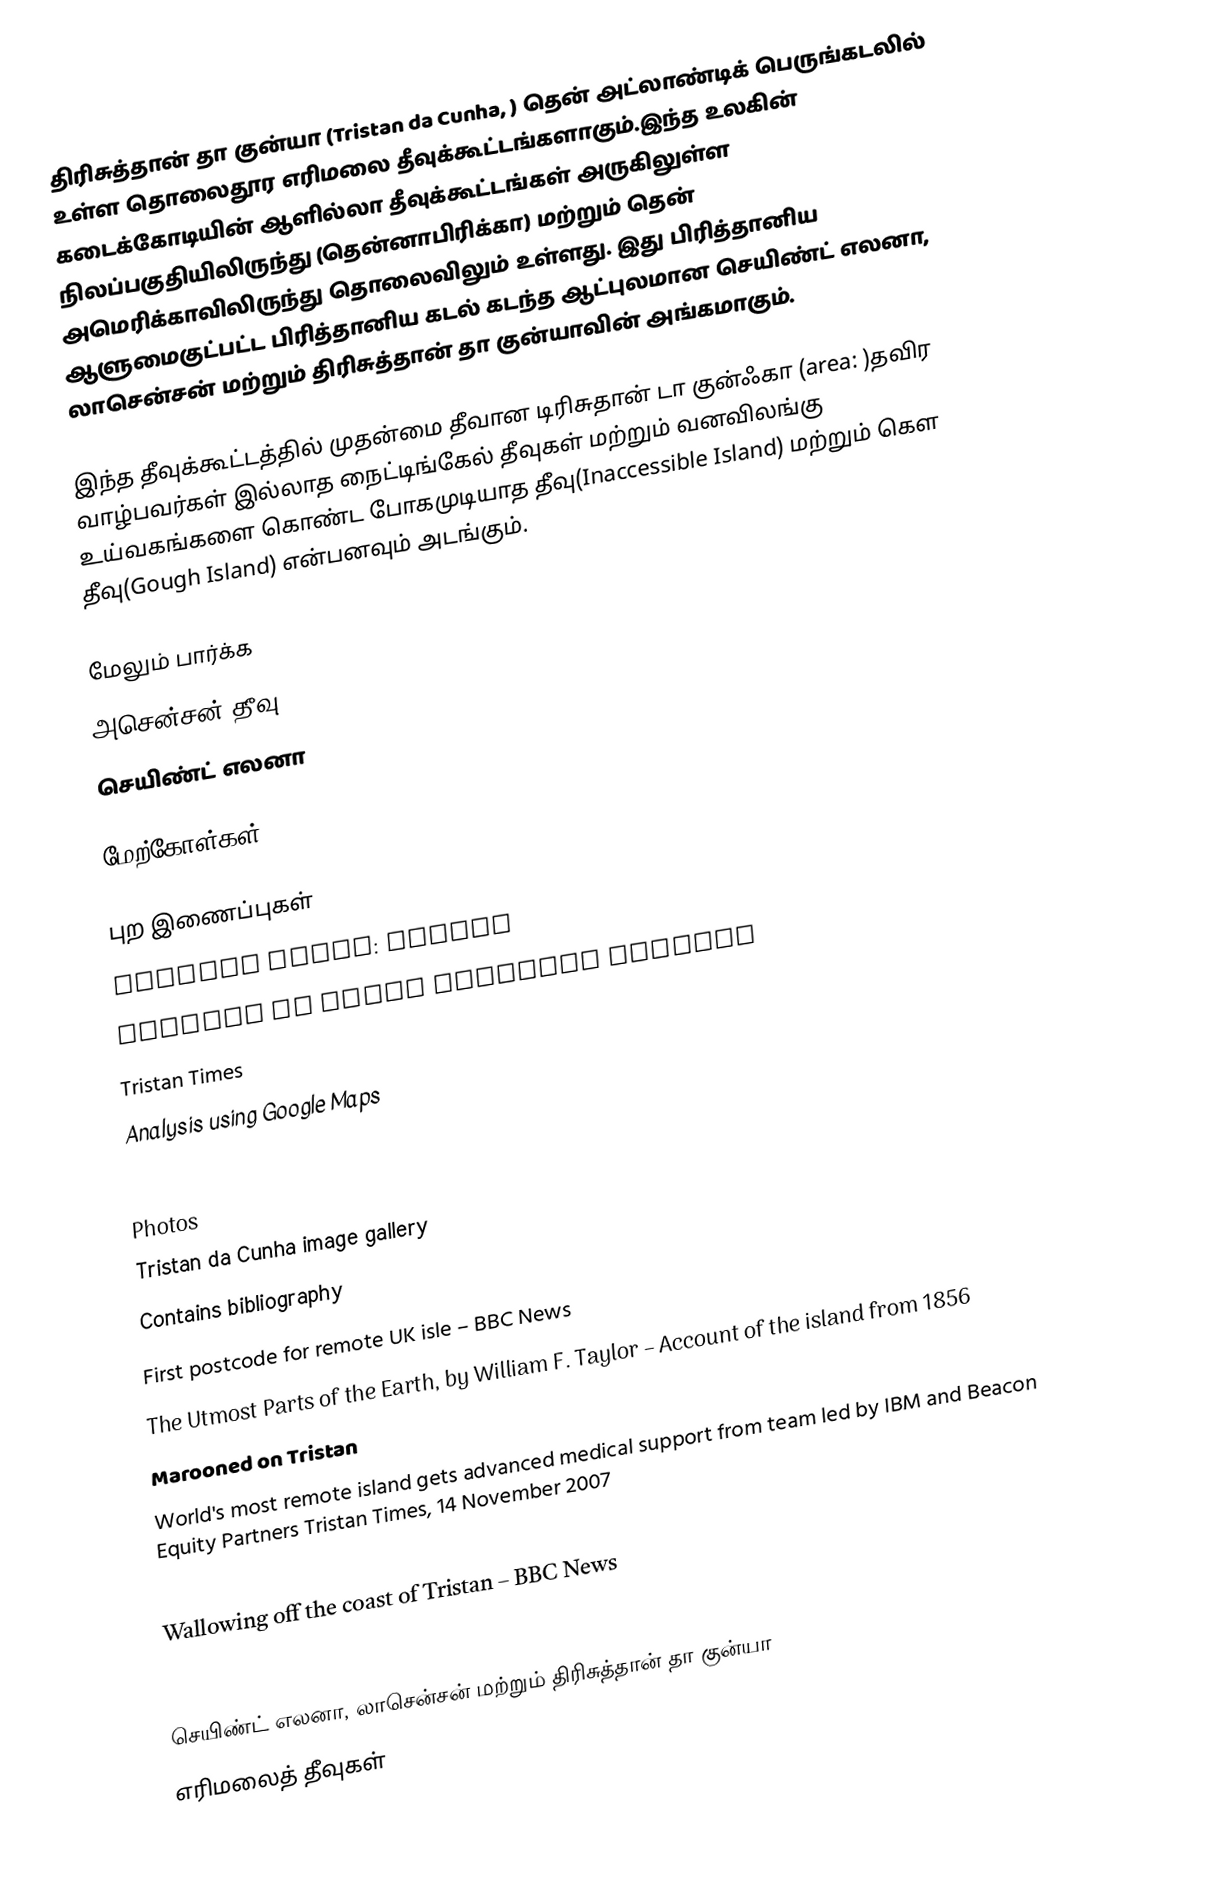
திரிசுத்தான் தா குன்யா (Tristan da Cunha, ) தென் அட்லாண்டிக் பெருங்கடலில் உள்ள தொலைதூர எரிமலை தீவுக்கூட்டங்களாகும்.இந்த உலகின் கடைக்கோடியின் ஆளில்லா தீவுக்கூட்டங்கள் அருகிலுள்ள நிலப்பகுதியிலிருந்து (தென்னாபிரிக்கா)  மற்றும் தென் அமெரிக்காவிலிருந்து  தொலைவிலும் உள்ளது. இது பிரித்தானிய ஆளுமைகுட்பட்ட பிரித்தானிய கடல் கடந்த ஆட்புலமான செயிண்ட் எலனா, லாசென்சன் மற்றும் திரிசுத்தான் தா குன்யாவின் அங்கமாகும்.

இந்த தீவுக்கூட்டத்தில் முதன்மை தீவான டிரிசுதான் டா குன்ஃகா (area: )தவிர வாழ்பவர்கள் இல்லாத நைட்டிங்கேல் தீவுகள் மற்றும் வனவிலங்கு உய்வகங்களை கொண்ட போகமுடியாத தீவு(Inaccessible Island) மற்றும் கௌ தீவு(Gough Island) என்பனவும் அடங்கும்.

மேலும் பார்க்க
 அசென்சன் தீவு
 செயிண்ட் எலனா

மேற்கோள்கள்

புற இணைப்புகள்
 Tristan Times: Health
 Tristan da Cunha Official Website
 Tristan Times
 Analysis using Google Maps

 Photos
 Tristan da Cunha image gallery
 Contains bibliography
 First postcode for remote UK isle – BBC News
 The Utmost Parts of the Earth, by William F. Taylor – Account of the island from 1856
 Marooned on Tristan
 World's most remote island gets advanced medical support from team led by IBM and Beacon Equity Partners  Tristan Times, 14 November 2007
 World's Most Remote Island Gets Advanced Medical Support From Team Led by IBM and Beacon Equity Partners IBM press release, Armonk, NY - 14 November 2007
 Wallowing off the coast of Tristan – BBC News
 Article at howstuffworks.com

செயிண்ட் எலனா, லாசென்சன் மற்றும் திரிசுத்தான் தா குன்யா
எரிமலைத் தீவுகள்